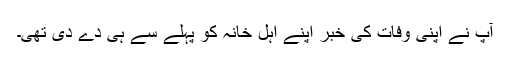
آپ نے اپنی وفات کی خبر اپنے اہل خانہ کو پہلے سے ہی دے دی تھی۔